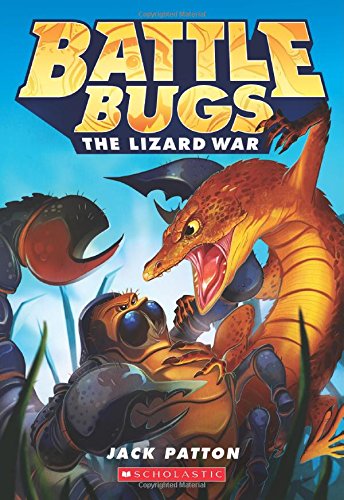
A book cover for Battle Bugs #1: The Lizard War; Jack Patton; Children's Books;